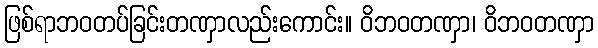
ဖြစ်ရာဘဝတပ်ခြင်းတဏှာလည်းကောင်း။ ဝိဘဝတဏှာ၊ ဝိဘဝတဏှာ